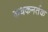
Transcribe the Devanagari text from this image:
कथकनर्तक